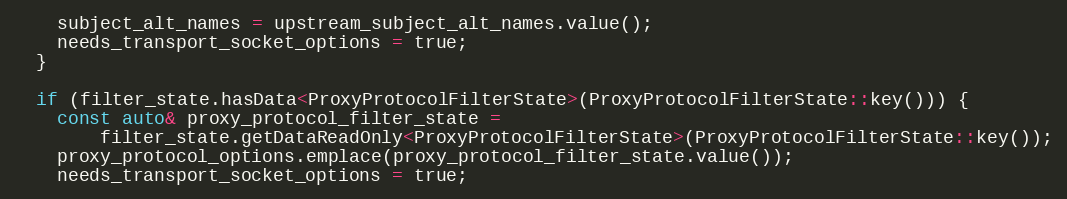
Language: C++
    subject_alt_names = upstream_subject_alt_names.value();
    needs_transport_socket_options = true;
  }

  if (filter_state.hasData<ProxyProtocolFilterState>(ProxyProtocolFilterState::key())) {
    const auto& proxy_protocol_filter_state =
        filter_state.getDataReadOnly<ProxyProtocolFilterState>(ProxyProtocolFilterState::key());
    proxy_protocol_options.emplace(proxy_protocol_filter_state.value());
    needs_transport_socket_options = true;